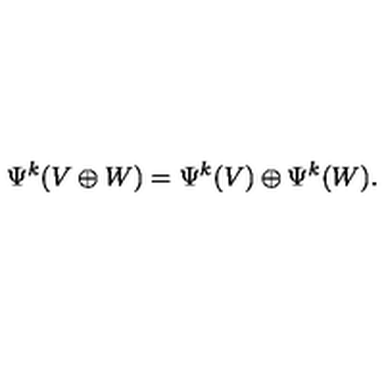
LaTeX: \Psi ^ { k } ( V \oplus W ) = \Psi ^ { k } ( V ) \oplus \Psi ^ { k } ( W ) .